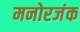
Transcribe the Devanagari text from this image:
मनोरजंक